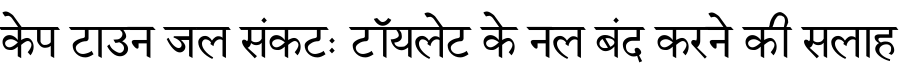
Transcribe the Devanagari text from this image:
केप टाउन जल संकटः टॉयलेट के नल बंद करने की सलाह